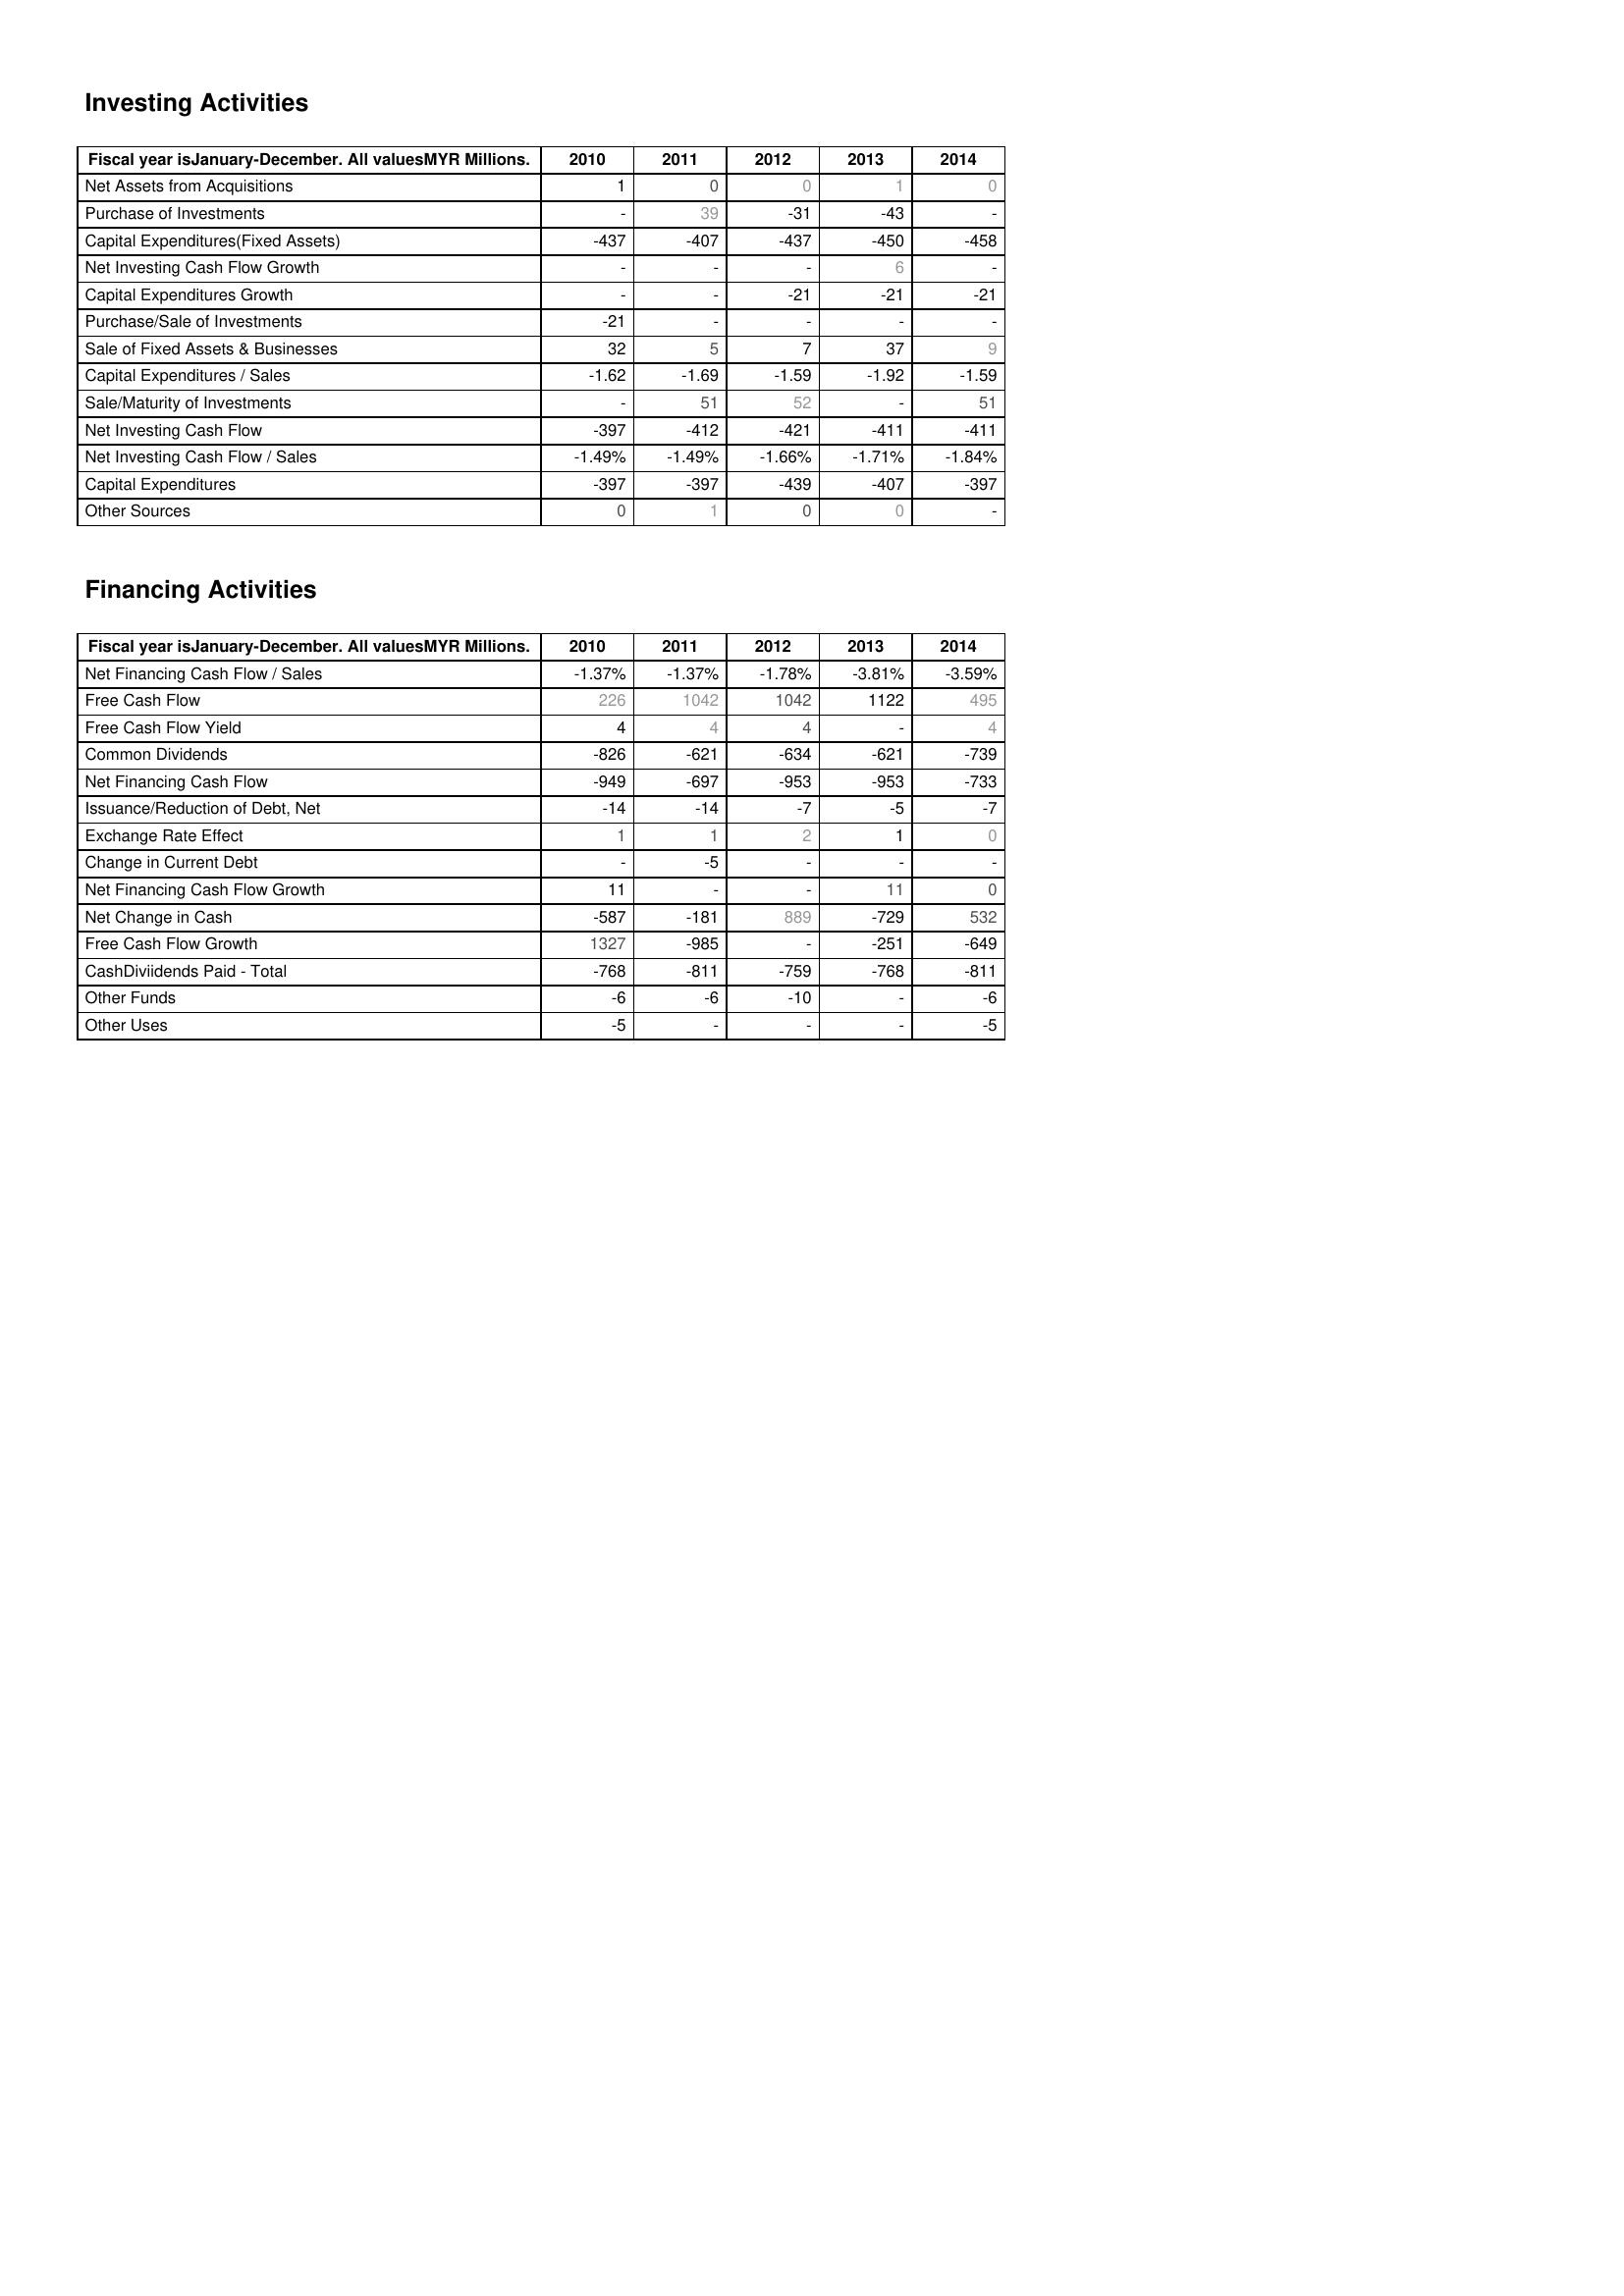
2010: Investing Activities: Net Assets from Acquisitions: 1
Purchase of Investments: -
Capital Expenditures(Fixed Assets): -437
Net Investing Cash Flow Growth: -
Capital Expenditures Growth: -
Purchase/Sale of Investments: -21
Sale of Fixed Assets & Businesses: 32
Capital Expenditures / Sales: -1.62
Sale/Maturity of Investments: -
Net Investing Cash Flow: -397
Net Investing Cash Flow / Sales: -1.49%
Capital Expenditures: -397
Other Sources: 0
Financing Activities: Net Financing Cash Flow / Sales: -1.37%
Free Cash Flow: 226
Free Cash Flow Yield: 4
Common Dividends: -826
Net Financing Cash Flow: -949
Issuance/Reduction of Debt, Net: -14
Exchange Rate Effect: 1
Change in Current Debt: -
Net Financing Cash Flow Growth: 11
Net Change in Cash: -587
Free Cash Flow Growth: 1327
CashDiviidends Paid - Total: -768
Other Funds: -6
Other Uses: -5
2011: Investing Activities: Net Assets from Acquisitions: 0
Purchase of Investments: 39
Capital Expenditures(Fixed Assets): -407
Net Investing Cash Flow Growth: -
Capital Expenditures Growth: -
Purchase/Sale of Investments: -
Sale of Fixed Assets & Businesses: 5
Capital Expenditures / Sales: -1.69
Sale/Maturity of Investments: 51
Net Investing Cash Flow: -412
Net Investing Cash Flow / Sales: -1.49%
Capital Expenditures: -397
Other Sources: 1
Financing Activities: Net Financing Cash Flow / Sales: -1.37%
Free Cash Flow: 1042
Free Cash Flow Yield: 4
Common Dividends: -621
Net Financing Cash Flow: -697
Issuance/Reduction of Debt, Net: -14
Exchange Rate Effect: 1
Change in Current Debt: -5
Net Financing Cash Flow Growth: -
Net Change in Cash: -181
Free Cash Flow Growth: -985
CashDiviidends Paid - Total: -811
Other Funds: -6
Other Uses: -
2012: Investing Activities: Net Assets from Acquisitions: 0
Purchase of Investments: -31
Capital Expenditures(Fixed Assets): -437
Net Investing Cash Flow Growth: -
Capital Expenditures Growth: -21
Purchase/Sale of Investments: -
Sale of Fixed Assets & Businesses: 7
Capital Expenditures / Sales: -1.59
Sale/Maturity of Investments: 52
Net Investing Cash Flow: -421
Net Investing Cash Flow / Sales: -1.66%
Capital Expenditures: -439
Other Sources: 0
Financing Activities: Net Financing Cash Flow / Sales: -1.78%
Free Cash Flow: 1042
Free Cash Flow Yield: 4
Common Dividends: -634
Net Financing Cash Flow: -953
Issuance/Reduction of Debt, Net: -7
Exchange Rate Effect: 2
Change in Current Debt: -
Net Financing Cash Flow Growth: -
Net Change in Cash: 889
Free Cash Flow Growth: -
CashDiviidends Paid - Total: -759
Other Funds: -10
Other Uses: -
2013: Investing Activities: Net Assets from Acquisitions: 1
Purchase of Investments: -43
Capital Expenditures(Fixed Assets): -450
Net Investing Cash Flow Growth: 6
Capital Expenditures Growth: -21
Purchase/Sale of Investments: -
Sale of Fixed Assets & Businesses: 37
Capital Expenditures / Sales: -1.92
Sale/Maturity of Investments: -
Net Investing Cash Flow: -411
Net Investing Cash Flow / Sales: -1.71%
Capital Expenditures: -407
Other Sources: 0
Financing Activities: Net Financing Cash Flow / Sales: -3.81%
Free Cash Flow: 1122
Free Cash Flow Yield: -
Common Dividends: -621
Net Financing Cash Flow: -953
Issuance/Reduction of Debt, Net: -5
Exchange Rate Effect: 1
Change in Current Debt: -
Net Financing Cash Flow Growth: 11
Net Change in Cash: -729
Free Cash Flow Growth: -251
CashDiviidends Paid - Total: -768
Other Funds: -
Other Uses: -
2014: Investing Activities: Net Assets from Acquisitions: 0
Purchase of Investments: -
Capital Expenditures(Fixed Assets): -458
Net Investing Cash Flow Growth: -
Capital Expenditures Growth: -21
Purchase/Sale of Investments: -
Sale of Fixed Assets & Businesses: 9
Capital Expenditures / Sales: -1.59
Sale/Maturity of Investments: 51
Net Investing Cash Flow: -411
Net Investing Cash Flow / Sales: -1.84%
Capital Expenditures: -397
Other Sources: -
Financing Activities: Net Financing Cash Flow / Sales: -3.59%
Free Cash Flow: 495
Free Cash Flow Yield: 4
Common Dividends: -739
Net Financing Cash Flow: -733
Issuance/Reduction of Debt, Net: -7
Exchange Rate Effect: 0
Change in Current Debt: -
Net Financing Cash Flow Growth: 0
Net Change in Cash: 532
Free Cash Flow Growth: -649
CashDiviidends Paid - Total: -811
Other Funds: -6
Other Uses: -5